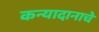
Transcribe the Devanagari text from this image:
कन्यादानाचे